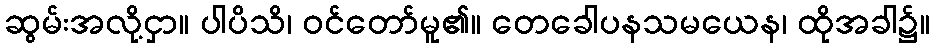
ဆွမ်းအလို့ငှာ။ ပါပိသိ၊ ဝင်တော်မူ၏။ တေခေါပနသမယေန၊ ထိုအခါ၌။